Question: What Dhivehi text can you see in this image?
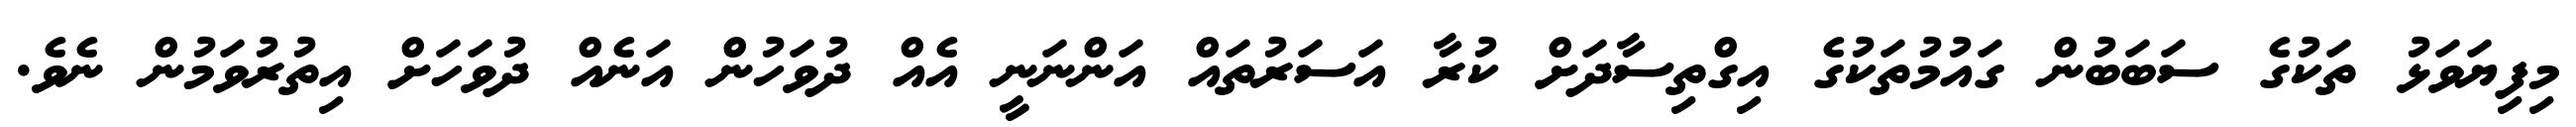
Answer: މިފިޔަވަޅު ތަކުގެ ސަބަބުން ގައުމުތަކުގެ އިގްތިސާދަށް ކުރާ އަސަރުތައް އަންނަނީ އެއް ދުވަހުން އަނެއް ދުވަހަށް އިތުރުވަމުން ނެވެ.